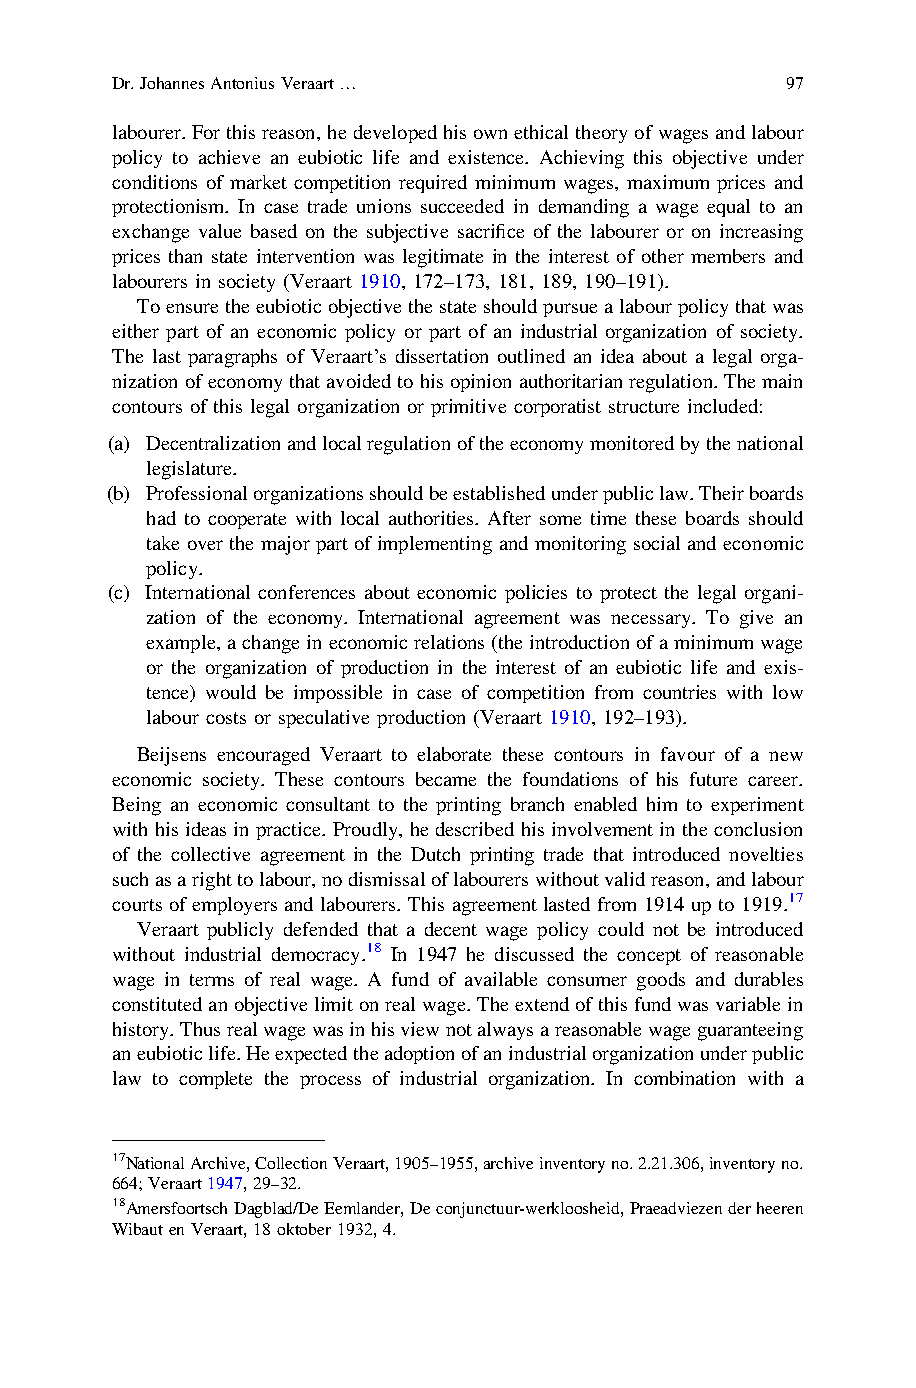
Dr.JohannesAntoniusVeraart…                  97
 labourer.Forthisreason,hedevelopedhisownethicaltheoryofwagesandlabour
 policy to achieve an eubiotic life and existence. Achieving this objective under
 conditions of market competition required minimum wages, maximum prices and
 protectionism. In case trade unions succeeded in demanding a wage equal to an
 exchange value based on the subjective sacrifice of the labourer or on increasing
 prices than state intervention was legitimate in the interest of other members and
 labourers in society (Veraart 1910, 172–173, 181, 189, 190–191).
 Toensuretheeubioticobjectivethestateshouldpursuealabourpolicythatwas
 either part of an economic policy or part of an industrial organization of society.
 The last paragraphs of Veraart’s dissertation outlined an idea about a legal orga-
 nizationofeconomythatavoidedtohisopinionauthoritarianregulation.Themain
 contours of this legal organization or primitive corporatist structure included:
 (a) Decentralizationandlocalregulationoftheeconomymonitoredbythenational
 legislature.
 (b) Professionalorganizationsshouldbeestablishedunderpubliclaw.Theirboards
 had to cooperate with local authorities. After some time these boards should
 take over the major part of implementing and monitoring social and economic
 policy.
 (c) International conferences about economic policies to protect the legal organi-
 zation of the economy. International agreement was necessary. To give an
 example,achangeineconomicrelations(theintroductionofaminimumwage
 or the organization of production in the interest of an eubiotic life and exis-
 tence) would be impossible in case of competition from countries with low
 labour costs or speculative production (Veraart 1910, 192–193).
 Beijsens encouraged Veraart to elaborate these contours in favour of a new
 economic society. These contours became the foundations of his future career.
 Being an economic consultant to the printing branch enabled him to experiment
 with his ideas inpractice. Proudly, he described his involvement in the conclusion
 of the collective agreement in the Dutch printing trade that introduced novelties
 suchasarighttolabour,nodismissaloflabourerswithoutvalidreason,andlabour
 courts of employers and labourers. This agreement lasted from 1914 up to 1919.17
 Veraart publicly defended that a decent wage policy could not be introduced
 without industrial democracy.18 In 1947 he discussed the concept of reasonable
 wage in terms of real wage. A fund of available consumer goods and durables
 constitutedanobjectivelimitonrealwage.Theextendofthisfundwasvariablein
 history.Thusrealwagewasinhisviewnotalwaysareasonablewageguaranteeing
 aneubioticlife.Heexpectedtheadoptionofanindustrialorganizationunderpublic
 law to complete the process of industrial organization. In combination with a
 17NationalArchive,CollectionVeraart,1905–1955,archiveinventoryno.2.21.306,inventoryno.
 664;Veraart1947,29–32.
 18AmersfoortschDagblad/DeEemlander,Deconjunctuur-werkloosheid,Praeadviezenderheeren
 WibautenVeraart,18oktober1932,4.